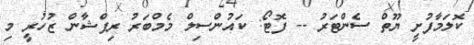
ކޮލަމާފުށީ ޔޫތް ސެންޓަރު -- ފޮޓޯ: ކައުންސިލް މެމްބަރު ރިފްޝާން ޒުހުރީ މި